Civil Veterinary Dept. Assam report 1927-50 - 1927-1950
Year: 1927
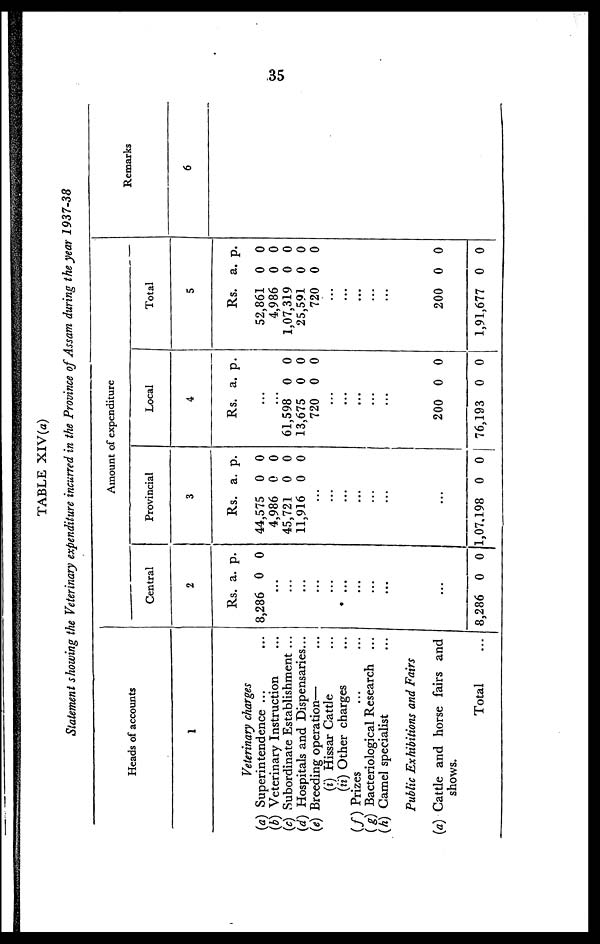
35
TABLE XIV(a)
Statement showing the Veterinary expenditure incurred in the Province of Assam during the year 1937-38
Heads of accounts
1
Veterinary charges
(a) Superintendence ...
(b) Veterinary Instruction ...
(c) Subordinate Establishment ...
(d) Hospitals and Dispensaries ...
(e) Breeding operation— ...
(i) Hissar Cattle ...
(ii) Other charges ...
(f) Prizes ... ...
(g) Bacteriological Research ...
(h) Camel specialist ...
Public Exhibitions and Fairs
(a) Cattle and horse fairs and
shows.
Total...
Amount of expenditure
Central
2
Rs.
8,286
..
...
..
..
..
..
..
..
..
...
8,286
a.
0
.
.
.
.
.
.
.
.
0
p.
0
0
Provincial
3
Rs.
44,575
4,986
45,721
11,916
...
...
...
...
...
...
...
1,07,198
a.
0
0
0
0
0
p.
0
0
0
0
0
Local
4
Rs.
...
...
61,598
13,675
720
...
...
...
...
...
200
76,193
a.
0
0
0
0
0
p.
0
0
0
0
0
Total
5
Rs.
52,861
4,986
1,07,319
25,591
720
...
...
...
...
...
200
1,91,677
a.
0
0
0
0
0
0
0
p.
0
0
0
0
0
0
0
Remarks
6